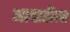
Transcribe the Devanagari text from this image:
आषाढीला